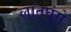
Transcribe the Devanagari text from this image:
लातघूंसे